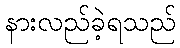
နားလည်ခဲ့ရသည်